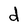
Character: d